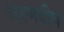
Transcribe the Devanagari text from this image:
चरणदीप